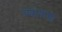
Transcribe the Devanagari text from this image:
चढायांची